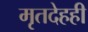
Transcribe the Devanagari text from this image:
मृतदेहही